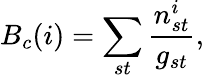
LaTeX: B_{c}(i)=\sum_{st}\frac{n_{st}^{i}}{g_{st}},